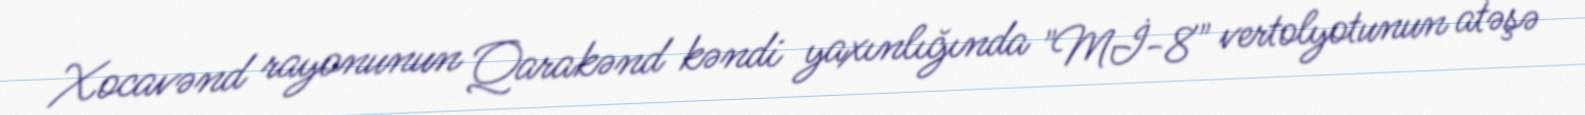
Xocavənd rayonunun Qarakənd kəndi yaxınlığında "Mİ-8" vertolyotunun atəşə